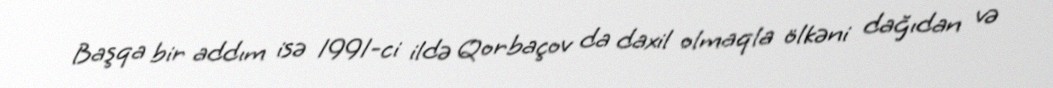
Başqa bir addım isə 1991-ci ildə Qorbaçov da daxil olmaqla ölkəni dağıdan və